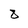
Character: 8